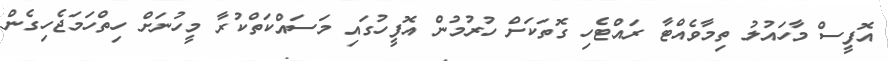
އޮފީސް މާހައުލު ތިމާވެއްޓާ ރައްޓެހި ގޮތަކަށް ހުރުމުން އޮފީހުގައި މަސައްކަތްކުރާ މީހުނަށް ހިތްހަމަޖެހިގެން